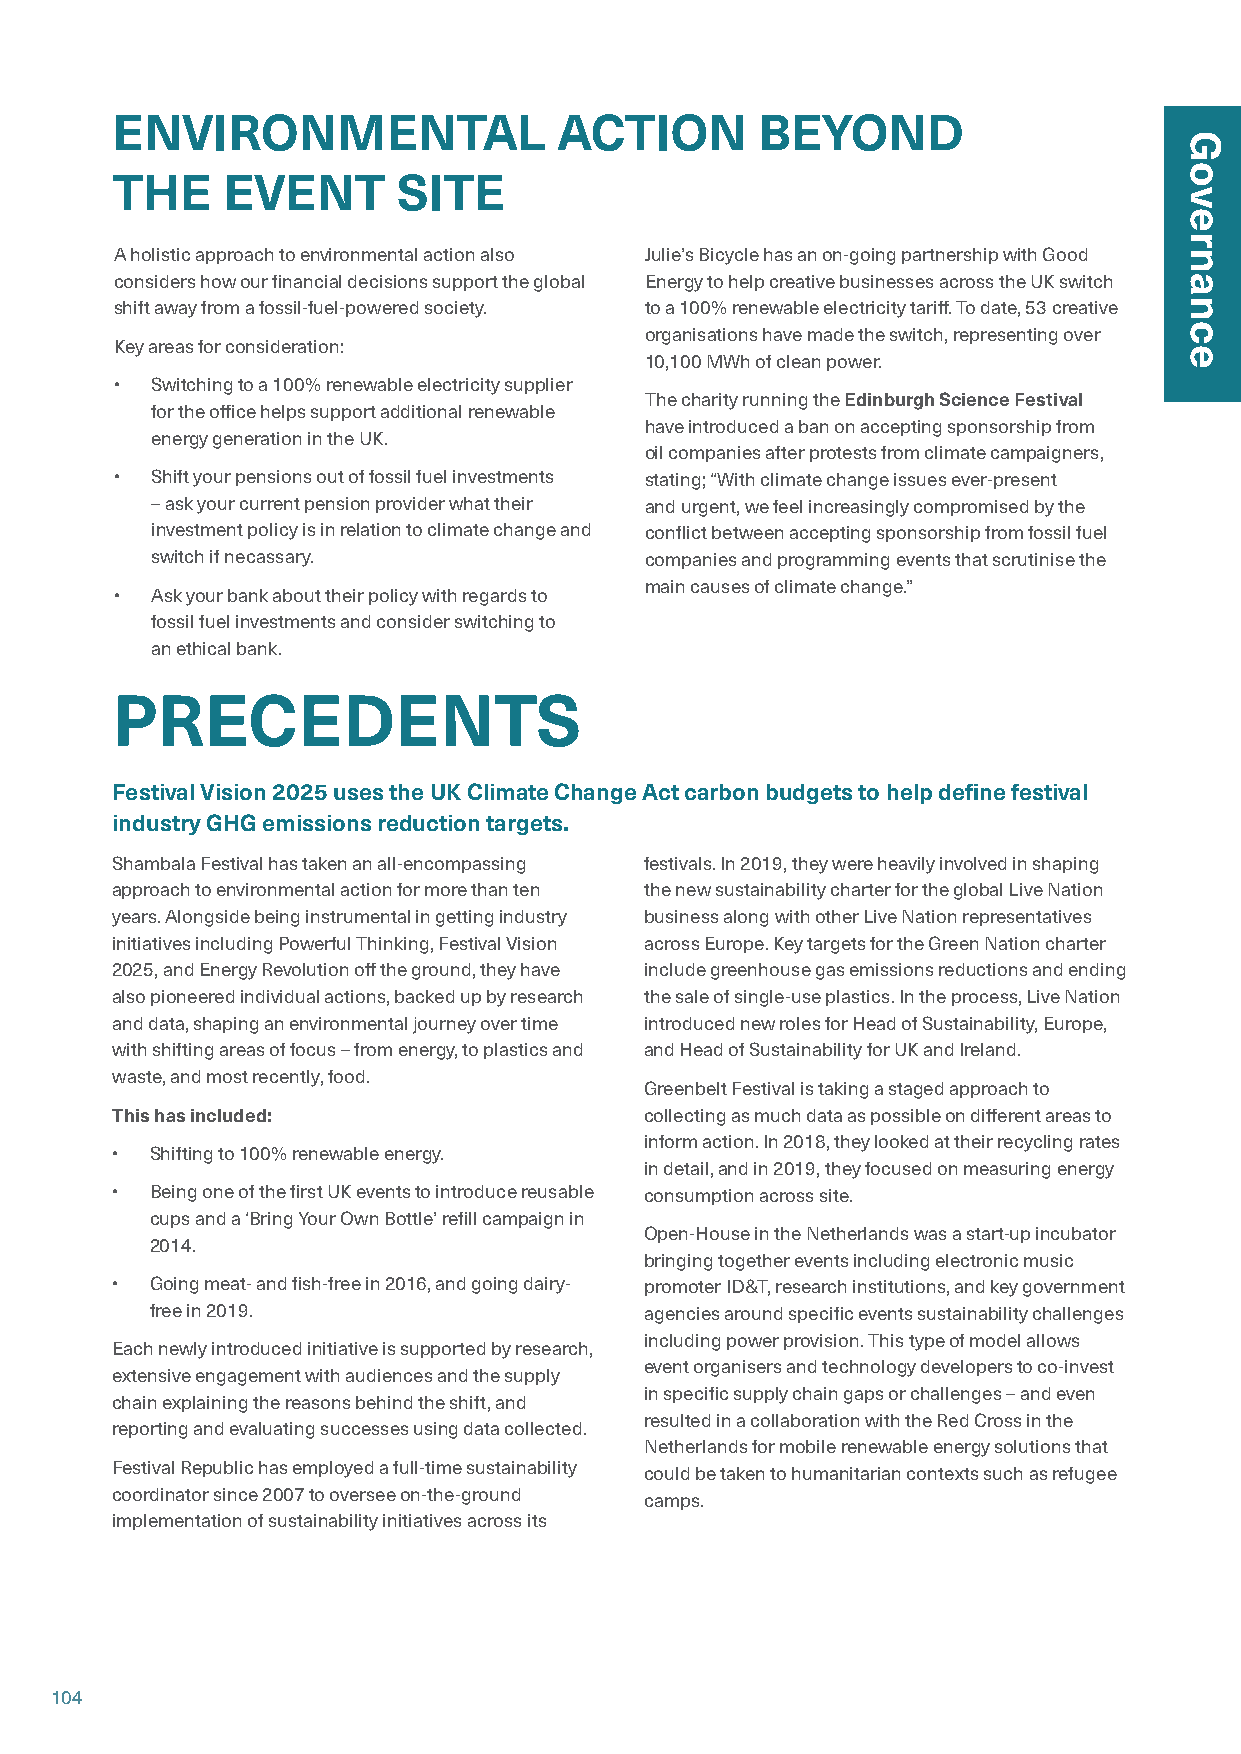
ENVIRONMENTAL                 ACTION       BEYOND
 THE     EVENT      SITE
 A holistic approach to environmental action also Julie’s Bicycle has an on-going partnership with Good
 considers how our financial decisions support the global Energy to help creative businesses across the UK switch
 shift away from a fossil-fuel-powered society. to a 100% renewable electricity tariff. To date, 53 creative
 organisations have made the switch, representing over
 Key areas for consideration:
 10,100 MWh of clean power.
 • Switching to a 100% renewable electricity supplier
 The charity running the Edinburgh Science Festival
 for the office helps support additional renewable
 have introduced a ban on accepting sponsorship from
 energy generation in the UK.
 oil companies after protests from climate campaigners,
 • Shift your pensions out of fossil fuel investments stating; “With climate change issues ever-present
 – ask your current pension provider what their and urgent, we feel increasingly compromised by the
 investment policy is in relation to climate change and conflict between accepting sponsorship from fossil fuel
 switch if necassary.             companies and programming events that scrutinise the
 main causes of climate change.”
 • Ask your bank about their policy with regards to
 fossil fuel investments and consider switching to
 an ethical bank.
 PRECEDENTS
 Festival Vision 2025 uses the UK Climate Change Act carbon budgets to help define festival
 industry GHG emissions reduction targets.
 Shambala Festival has taken an all-encompassing festivals. In 2019, they were heavily involved in shaping
 approach to environmental action for more than ten the new sustainability charter for the global Live Nation
 years. Alongside being instrumental in getting industry business along with other Live Nation representatives
 initiatives including Powerful Thinking, Festival Vision across Europe. Key targets for the Green Nation charter
 2025, and Energy Revolution off the ground, they have include greenhouse gas emissions reductions and ending
 also pioneered individual actions, backed up by research the sale of single-use plastics. In the process, Live Nation
 and data, shaping an environmental journey over time introduced new roles for Head of Sustainability, Europe,
 with shifting areas of focus – from energy, to plastics and and Head of Sustainability for UK and Ireland.
 waste, and most recently, food.
 Greenbelt Festival is taking a staged approach to
 This has included:                  collecting as much data as possible on different areas to
 inform action. In 2018, they looked at their recycling rates
 •  Shifting to 100% renewable energy.
 in detail, and in 2019, they focused on measuring energy
 •  Being one of the first UK events to introduce reusable consumption across site.
 cups and a ‘Bring Your Own Bottle’ refill campaign in
 Open-House in the Netherlands was a start-up incubator
 2014.
 bringing together events including electronic music
 •  Going meat- and fish-free in 2016, and going dairy- promoter ID&T, research institutions, and key government
 free in 2019.                    agencies around specific events sustainability challenges
 including power provision. This type of model allows
 Each newly introduced initiative is supported by research,
 event organisers and technology developers to co-invest
 extensive engagement with audiences and the supply
 in specific supply chain gaps or challenges – and even
 chain explaining the reasons behind the shift, and
 resulted in a collaboration with the Red Cross in the
 reporting and evaluating successes using data collected.
 Netherlands for mobile renewable energy solutions that
 Festival Republic has employed a full-time sustainability could be taken to humanitarian contexts such as refugee
 coordinator since 2007 to oversee on-the-ground camps.
 implementation of sustainability initiatives across its
 104
 Governance